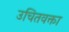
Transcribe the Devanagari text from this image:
उचितवक्ता